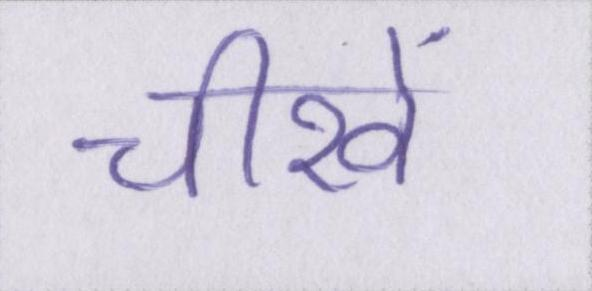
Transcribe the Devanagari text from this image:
चीखें